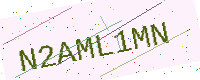
Text: N2AML1MN